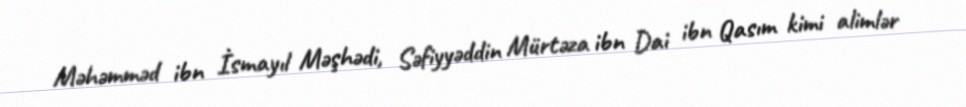
Məhəmməd ibn İsmayıl Məşhədi, Səfiyyəddin Mürtəza ibn Dai ibn Qasım kimi alimlər